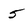
Character: 5